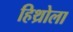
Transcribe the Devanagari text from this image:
हिथ्रोला